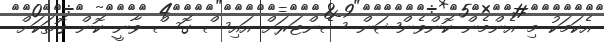
އެކަމަކު މި އެންމެން ކޮންވެންޝަން ސެންޓަރަށް އައިސް ގޮސް ވާނީ ކޮން ގޮތަކަށް